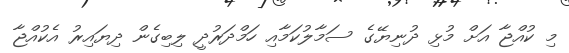
މި ކުއްޖާ އަށް މުޅި ދުނިޔޭގެ ސަމާލުކަމާއި ހަމްދަރުދީ ލިބިގެން ދިޔައިރު އެކުއްޖާ